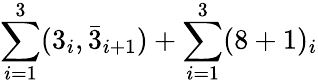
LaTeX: \sum_{i=1}^{3}(3_{i},\bar{3}_{i+1})+\sum_{i=1}^{3}(8+1)_{i}